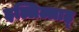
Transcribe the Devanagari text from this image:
इल्लिल्लाह्